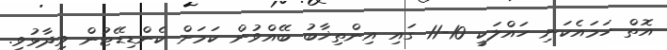
އޮތް ހަމައެކަނި ހައްލަކީ 10-11 ގައި އިންތިޚާބު ބޭއްވުން ކަމަށް ކެންޑިޑޭޓުން ވިދާޅުވި.